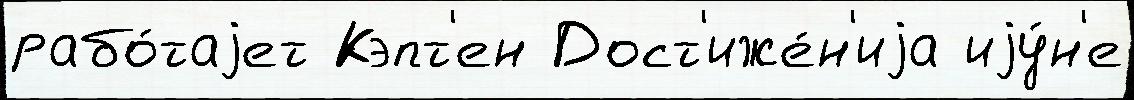
рабо́таjет Кэпт'ен Дост'иже́н'иjа иjу́н'е